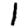
Digit: 1